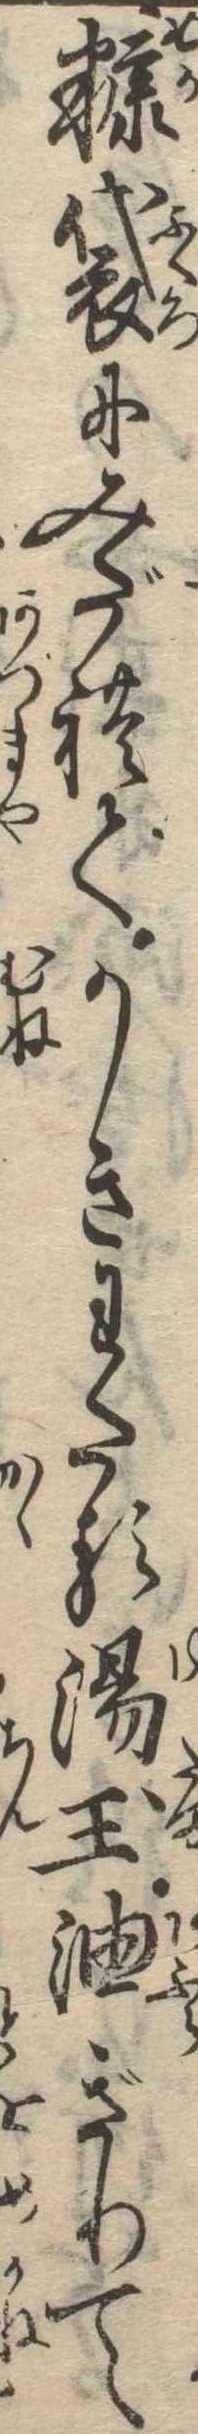
糠袋にみだれてかきわたる湯玉油ぎりて